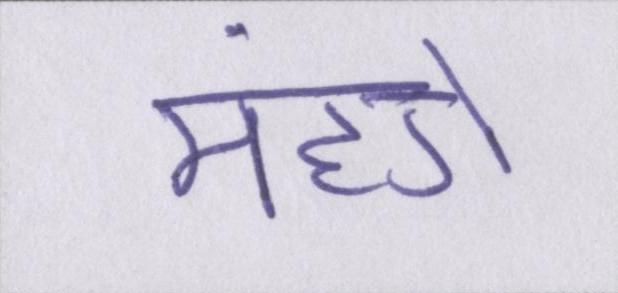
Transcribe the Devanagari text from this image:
मंहगे